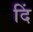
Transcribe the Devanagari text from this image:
दिं